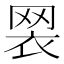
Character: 𦊶